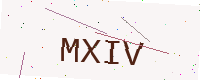
Text: MXIV